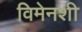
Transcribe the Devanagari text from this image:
विमेनशी